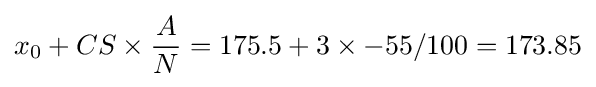
x_{0}+CS\times {\frac {A}{N}}=175.5+3\times -55/100=173.85